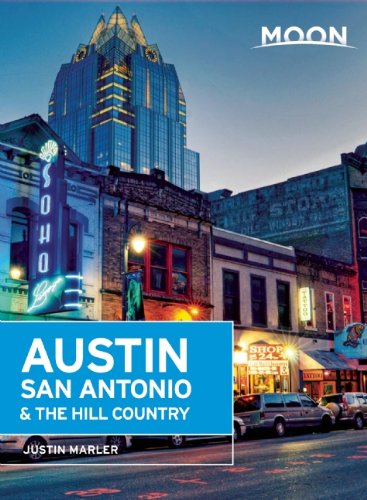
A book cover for Moon Austin, San Antonio & the Hill Country (Moon Handbooks); Justin Marler; Travel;